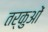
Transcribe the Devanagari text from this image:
तर्कुओं